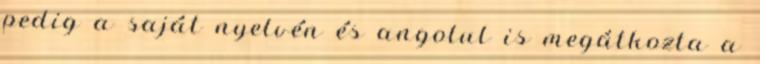
pedig a saját nyelvén és angolul is megátkozta a